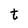
Character: t